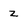
Character: z